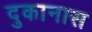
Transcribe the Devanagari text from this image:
दुकानास